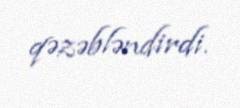
qəzəbləndirdi.